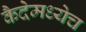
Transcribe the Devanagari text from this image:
कैदेमध्येच